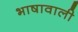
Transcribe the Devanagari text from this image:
भाषावाली